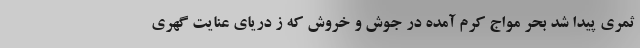
ثمرى پیدا شد بحر موّاج کرم آمده در جوش و خروش که ز دریاى عنایت گهرى